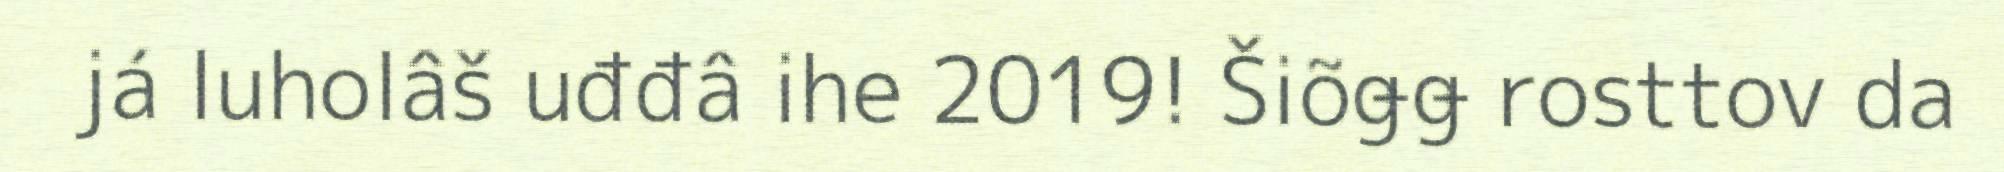
já luholâš uđđâ ihe 2019! Šiõǥǥ rosttov da